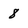
Character: 8